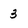
Character: 3